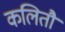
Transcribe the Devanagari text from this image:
कलितौ